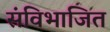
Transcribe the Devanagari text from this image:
संविभाजित